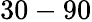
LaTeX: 30-90